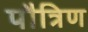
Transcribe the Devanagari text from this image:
पौत्रिण